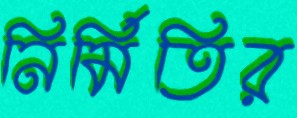
নির্মিতির